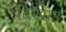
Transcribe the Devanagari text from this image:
दिखाउ